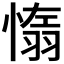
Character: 𦑑